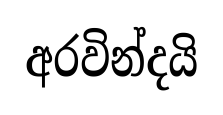
අරවින්දයි